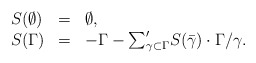
\begin{align*}\begin{array}{lll}S(\emptyset)&=&\emptyset,\\S(\Gamma)&=&-\Gamma-{\sum}'_{\gamma\subset\Gamma}S(\bar{\gamma})\cdot\Gamma/\gamma.\end{array}\end{align*}